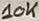
Text: 10K